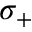
\sigma _ { + }